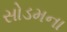
સોડમના